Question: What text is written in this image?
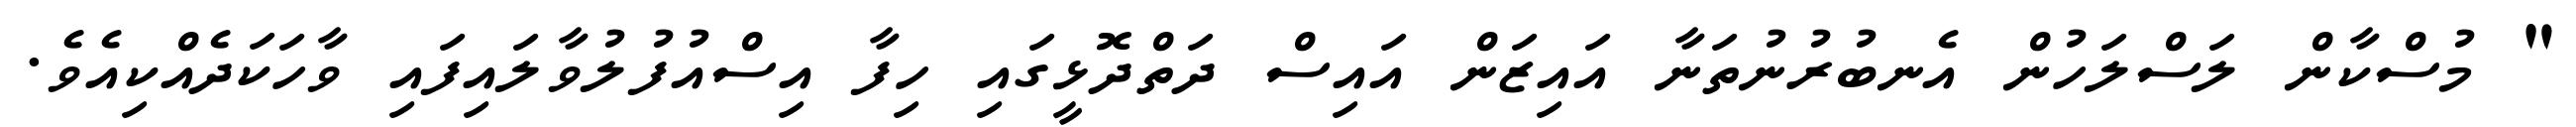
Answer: " މުސްކާން ލަސްލަހުން އެނބުރުނުތަނާ އައިޒަން އައިސް ދަތްދޮޅީގައި ހިފާ އިސްއުފުލުވާލައިފައި ވާހަކަދެއްކިއެވެ.